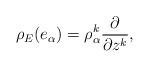
LaTeX: \begin{align*}\rho_E(e_\alpha) = \rho_\alpha^k\dfrac{\partial}{\partial z^k},\end{align*}